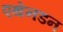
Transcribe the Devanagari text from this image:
एथेनडन